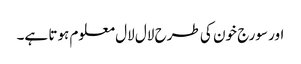
اور سورج خون کی طرح لال لال معلوم ہوتا ہے۔